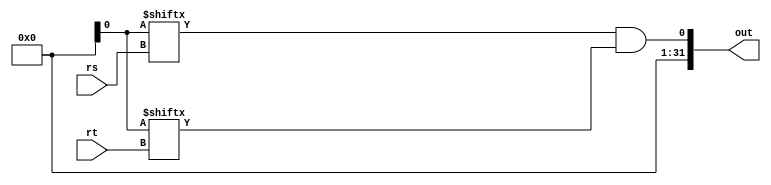
module AND
(
	input	[4:0]	rs, rt,
	output	[31:0]	out
);

        assign out = glob.r[rs] & glob.r[rt];

endmodule